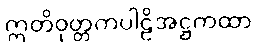
ဣတိဝုတ္တကပါဠိအဋ္ဌကထာ